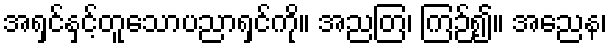
အရှင်နှင့်တူသောပညာရှင်ကို။ အညတြ၊ ကြဉ်၍။ အညေန၊